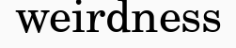
weirdness